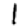
Digit: 1